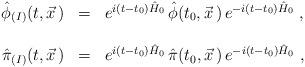
LaTeX: \begin{align*}\begin{array}{r c l}\hat{\phi}_{(I)}(t,\vec{x}\,)&=&e^{i(t-t_0)\hat{H}_0}\,\hat{\phi}(t_0,\vec{x}\,)\,e^{-i(t-t_0)\hat{H}_0}\ ,\\ & & \\\hat{\pi}_{(I)}(t,\vec{x}\,)&=&e^{i(t-t_0)\hat{H}_0}\,\hat{\pi}(t_0,\vec{x}\,)\,e^{-i(t-t_0)\hat{H}_0}\ ,\end{array}\end{align*}